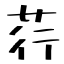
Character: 荇